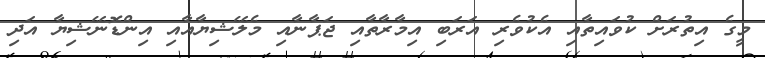
މީގެ އިތުރަށް ކުވައިތާއި އެކުވެރި އަރަބި އިމާރާތާއި ޖަޕާނާއި މެލޭޝިޔާއާއި އިންޑޮނޭޝިޔާ އަދި